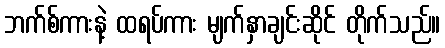
ဘက်စ်ကားနဲ့ ထရပ်ကား မျက်နှာချင်းဆိုင် တိုက်သည်။